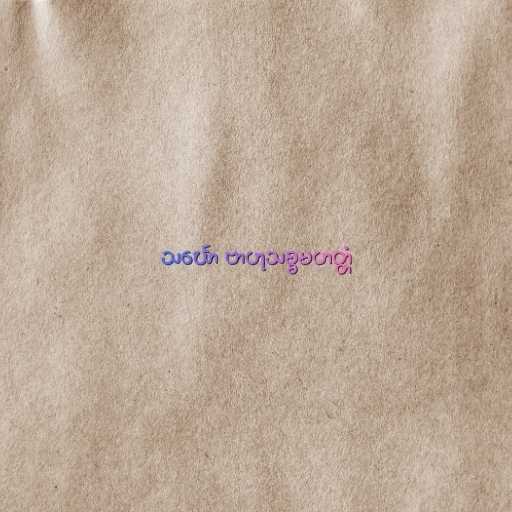
သင်္ဃော ဗာဟုသစ္စမဟတ္တံ